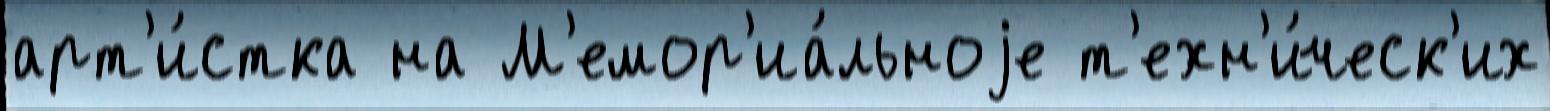
арт'и́стка на М'емор'иа́льноjе т'ехн'и́ческ'их